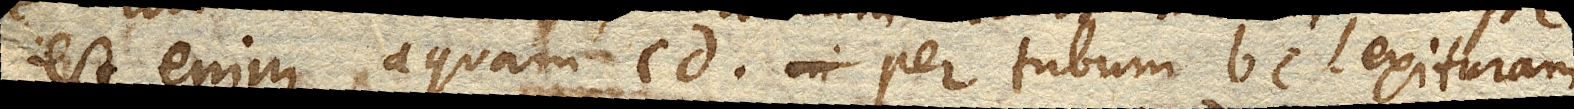
est enim aquam cd. per tubum bc. exituram